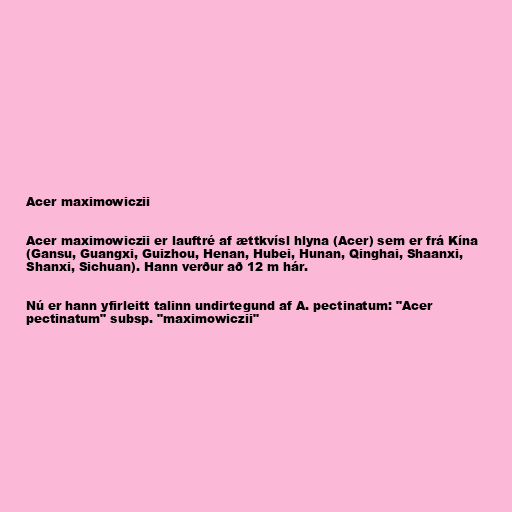
Acer maximowiczii

Acer maximowiczii er lauftré af ættkvísl hlyna (Acer) sem er frá Kína
(Gansu, Guangxi, Guizhou, Henan, Hubei, Hunan, Qinghai, Shaanxi,
Shanxi, Sichuan). Hann verður að 12 m hár.

Nú er hann yfirleitt talinn undirtegund af A. pectinatum: "Acer
pectinatum" subsp. "maximowiczii"